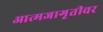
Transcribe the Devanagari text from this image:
आत्मजागृतीवर